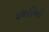
પથરીઓ